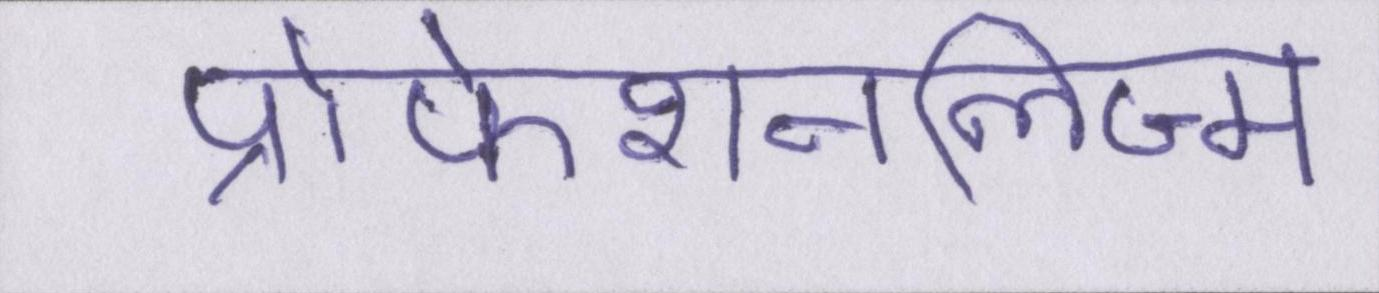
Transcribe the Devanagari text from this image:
प्रोफेशनलिज्म